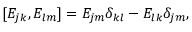
[ E _ { j k } , E _ { l m } ] = E _ { j m } \delta _ { k l } - E _ { l k } \delta _ { j m } ,